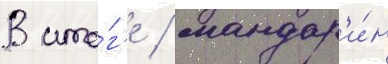
В ито́г'е / мандар'и́н